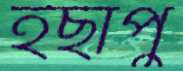
ইছাপু